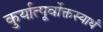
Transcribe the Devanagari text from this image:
कुर्यात्पूर्वोक्तस्यार्धं